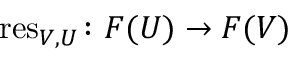
\operatorname { r e s } _ { V , U } \colon F ( U ) \rightarrow F ( V )